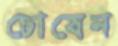
চোষেন